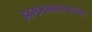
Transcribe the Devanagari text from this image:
झगमगाटापासून